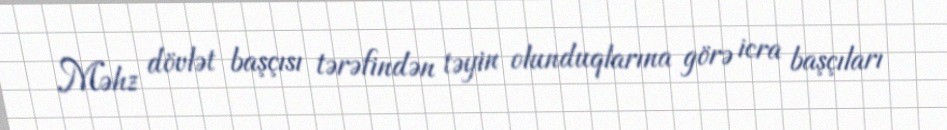
Məhz dövlət başçısı tərəfindən təyin olunduqlarına görə icra başçıları